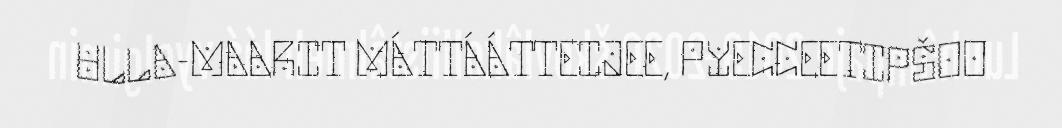
ULLA-MAARIT MÁTTÁÁTTEIJEE, PYECCEETIPŠOO